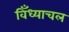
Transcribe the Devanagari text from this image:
विँध्याचल